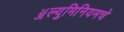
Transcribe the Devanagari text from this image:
ॲल्युमिनियमचे